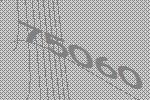
75060